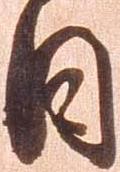
日